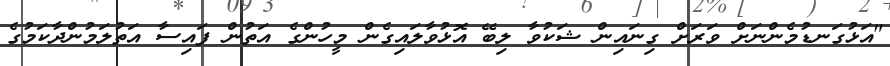
"އަޅުގަނޑުމެންނަށް ވަރަށް ގިނައިން ޝަކުވާ ލިބޭ އޮޅުވާލައިގެން މީހުންގެ އަތުން ފައިސާ އަތުލަމުންދާކަމުގެ